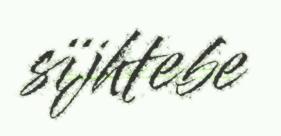
sïjhtebe